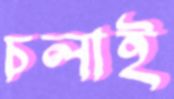
চলাই